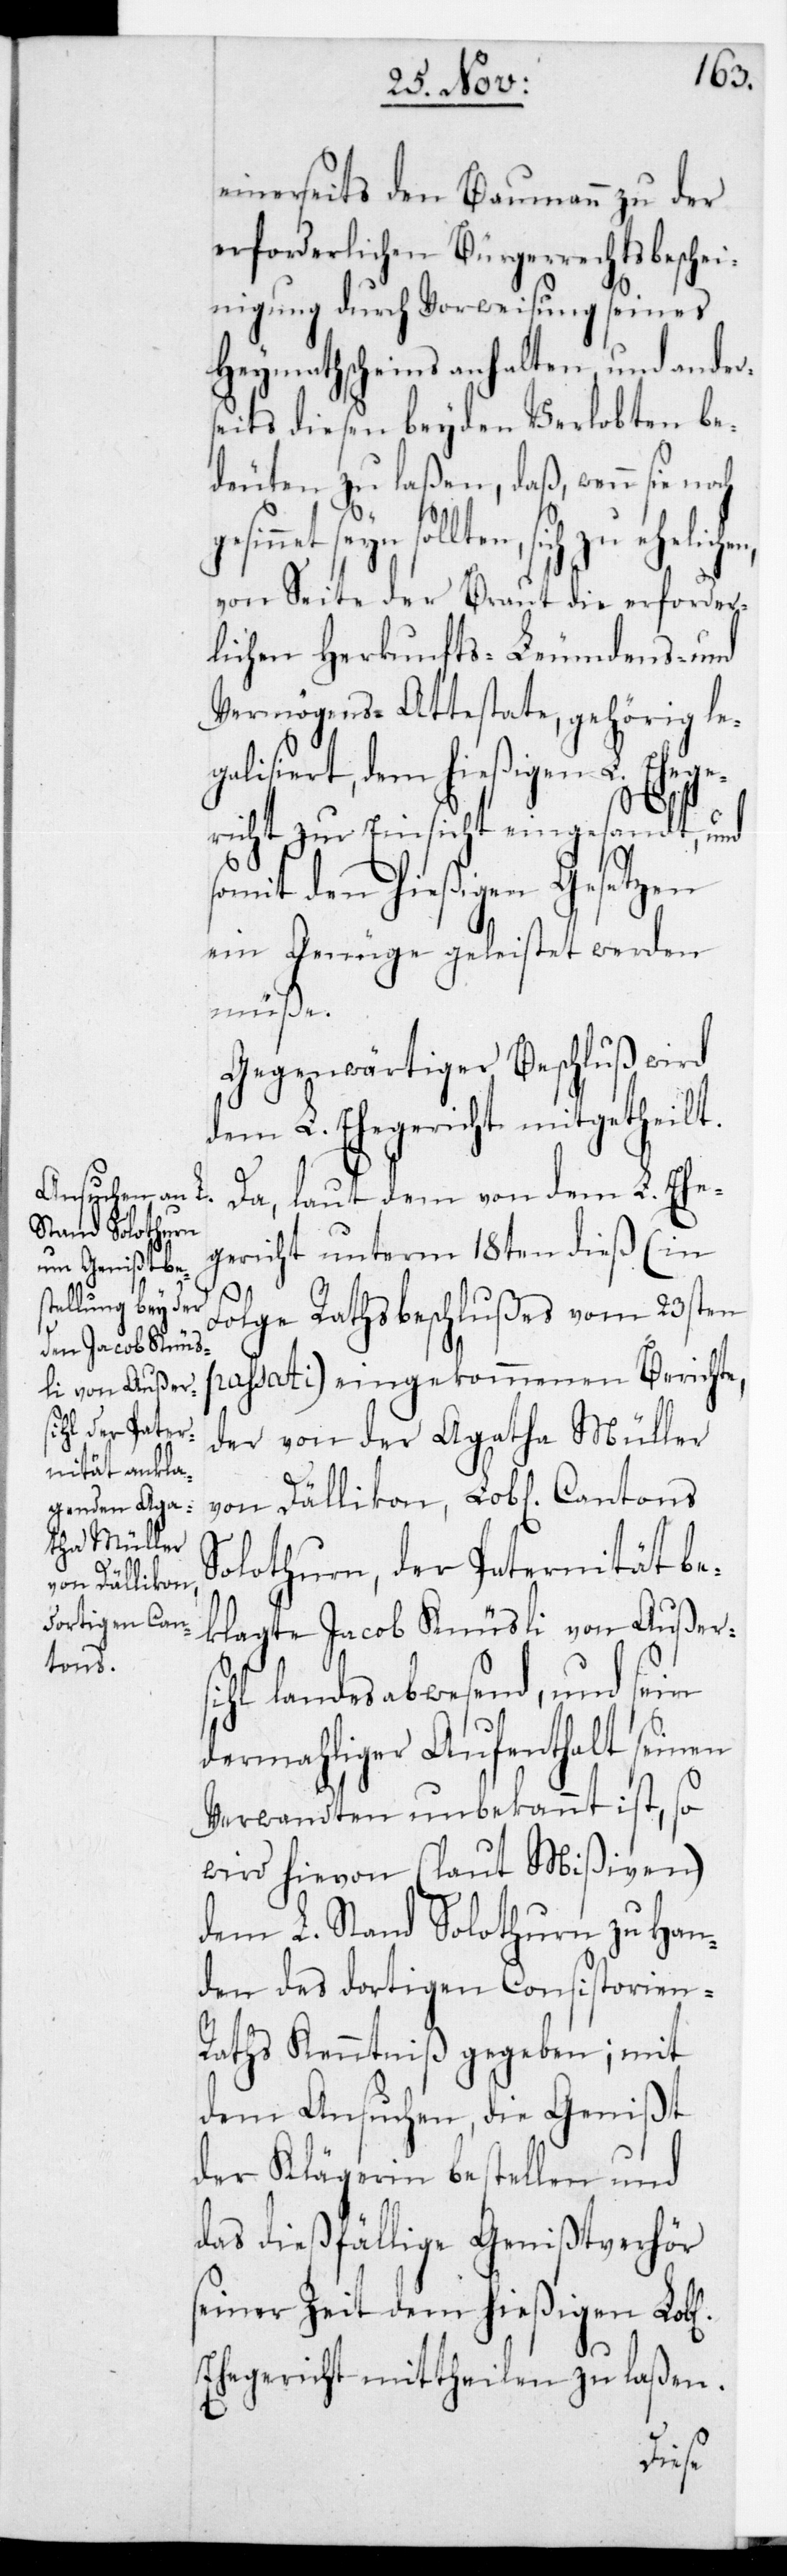
einerseits den Baumann zu der
erforderlichen Bürgerrechtsbeschei¬
nigung durch Vorweisung seines
Heymathscheins anhalten und ander¬
eits diesen beyden Verlobten be¬
deuten zu laßen, daß wenn sie
sich zu ehelichen,
von Seite der Braut die erforder¬
lichen Herkunfts-[,] Leumdens- und
Vermögens-Attestate, gehörig le¬
galisiert, dem hießigen L. Ehege¬
richt zur Einsicht eingesandt, und
somit den hießigen Gesetzen
ein Genüge geleistet werden
müße.
Gegenwärtiger Beschluß wird
dem L. Ehegericht mitgetheilt.
s¬
Da laut dem von dem L. Ehe¬
gericht unterm 18ten dieß (in
Folge Rathsbeschlußes vom 23sten
passati) eingekommenen Berichte,
der von der Agatha Müller
von Dällikon, L. Cantons
Solothurn, der Paternität be¬
klagte Jacob Knüsli von Außer¬
sihl landesabwesend, und sein
dermahliger Aufenthalt seinen
Verwandten unbekannt ist, so
wird hievon (laut Mißiven)
dem L. Stand Solothurn zu Han¬
den des dortigen Consistorien-R¬
aths Kenntniß gegeben; mit
dem Ansuchen, die Genißt
der Klägerin bestellen und
das dießfällige Genißtverhör
seiner Zeit dem hießigen Lobl.
Ehegericht mittheilen zu laßen.